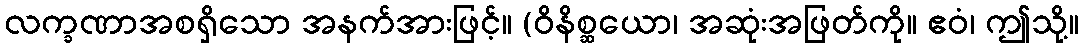
လက္ခဏာအစရှိသော အနက်အားဖြင့်။ (ဝိနိစ္ဆယော၊ အဆုံးအဖြတ်ကို။ ဧဝံ၊ ဤသို့။